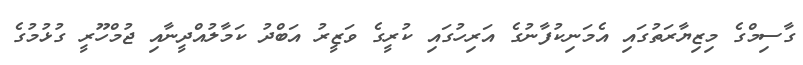
ގާސިމްގެ މިޒިޔާރަތުގައި އެމަނިކުފާނުގެ އަރިހުގައި ކުރީގެ ވަޒީރު އަބްދު ކަމާލުއްދީނާއި ޖުމްހޫރީ ގުޅުމުގެ